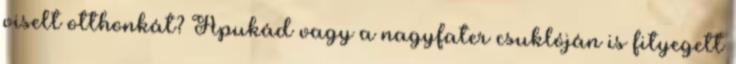
viselt otthonkát? Apukád vagy a nagyfater csuklóján is fityegett